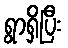
ရွာရှိပြီး